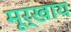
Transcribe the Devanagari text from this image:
मूर्खाय